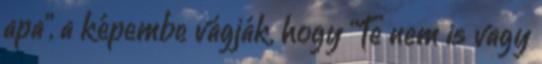
apa”, a képembe vágják, hogy “Te nem is vagy